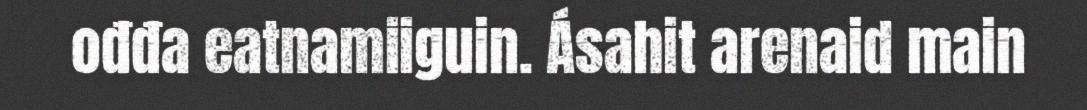
ođđa eatnamiiguin. Ásahit arenaid main